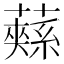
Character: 𮒚